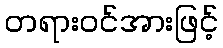
တရားဝင်အားဖြင့်